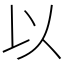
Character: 以